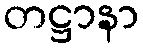
တဋ္ဌာနာ